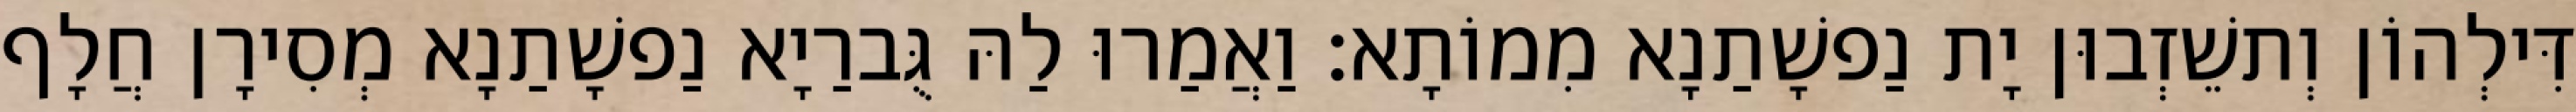
דִּילְהוֹן וְתשֵׁזְבוּן יָת נַפשָׁתַנָא מִמוֹתָא׃ וַאֲמַרוּ לַהּ גֻּברַיָא נַפשָׁתַנָא מְסִירָן חֲלָף